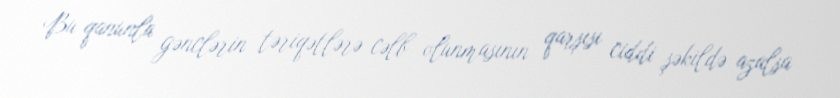
Bu qanunla gənclərin təriqətlərə cəlb olunmasının qarşısı ciddi şəkildə azalsa